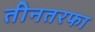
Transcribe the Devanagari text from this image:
तीनतरफा